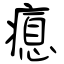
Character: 瘜